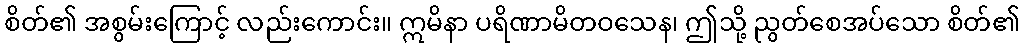
စိတ်၏ အစွမ်းကြောင့် လည်းကောင်း။ ဣမိနာ ပရိဏာမိတဝသေန၊ ဤသို့ ညွတ်စေအပ်သော စိတ်၏